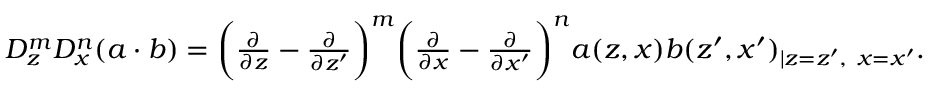
\begin{array} { r } { D _ { z } ^ { m } D _ { x } ^ { n } ( a \cdot b ) = \bigg ( \frac { \partial } { \partial z } - \frac { \partial } { \partial z ^ { \prime } } \bigg ) ^ { m } \bigg ( \frac { \partial } { \partial x } - \frac { \partial } { \partial x ^ { \prime } } \bigg ) ^ { n } a ( z , x ) b ( z ^ { \prime } , x ^ { \prime } ) _ { \lvert z = z ^ { \prime } , ~ x = x ^ { \prime } } . } \end{array}